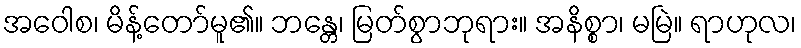
အဝေါစ၊ မိန့်တော်မူ၏။ ဘန္တေ၊ မြတ်စွာဘုရား။ အနိစ္စာ၊ မမြဲ။ ရာဟုလ၊